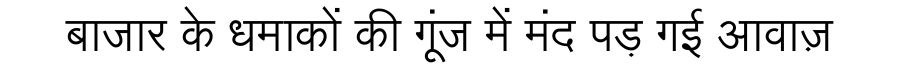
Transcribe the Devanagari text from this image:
बाजार के धमाकों की गूंज में मंद पड़ गई आवाज़